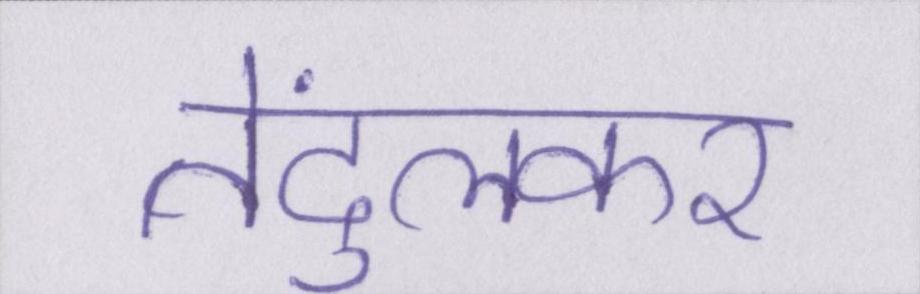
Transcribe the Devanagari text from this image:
तेंदुलकर